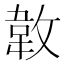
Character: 𢾝